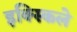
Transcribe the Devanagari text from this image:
इक्स्किले